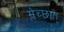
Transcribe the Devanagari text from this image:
म्लेच्छात्